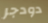
دودجر